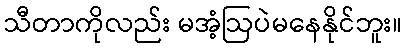
သီတာကိုလည်း မအံ့ဩပဲမနေနိုင်ဘူး။